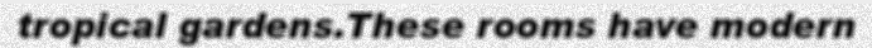
tropical gardens.These rooms have modern